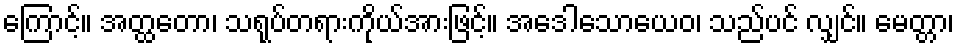
ကြောင့်။ အတ္ထတော၊ သရုပ်တရားကိုယ်အားဖြင့်။ အဒေါသောယေဝ၊ သည်ပင် လျှင်။ မေတ္တာ၊